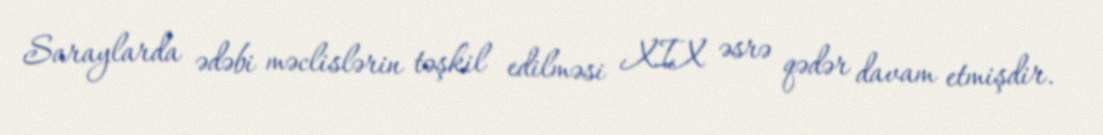
Saraylarda ədəbi məclislərin təşkil edilməsi XIX əsrə qədər davam etmişdir.